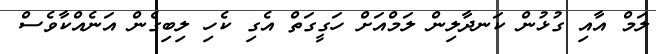
ލަމް އާއި ގުޅުން ކަނދާލިން ލަމްއަށް ހަގީގަތް އެގި ކެހި ލިބިގެން އަނެއްކާވެސް